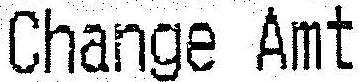
CHANGE AMT